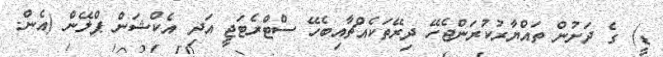
ޑީ) ގެ ދަށުން ތައްޔާރުކުރަންޖެހޭ ދިރޭތަކެއްޗާއިބެހޭ ސްޓްރެޓަޖީ އަދި އެކްޝަން ޕްލޭން (އެން.